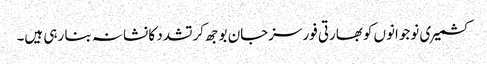
کشمیری نوجوانوں کوبھارتی فورسزجان بوجھ کرتشدد کا نشانہ بنا رہی ہیں۔